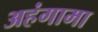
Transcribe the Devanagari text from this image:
अहंगामा